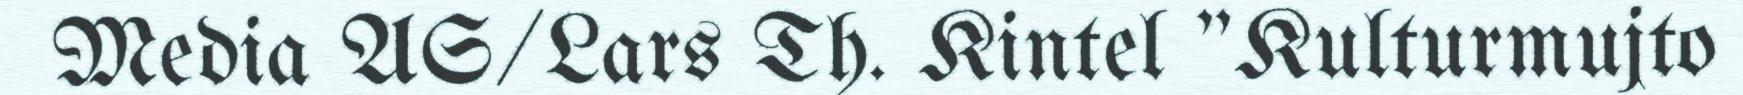
Media AS/Lars Th. Kintel "Kulturmujto